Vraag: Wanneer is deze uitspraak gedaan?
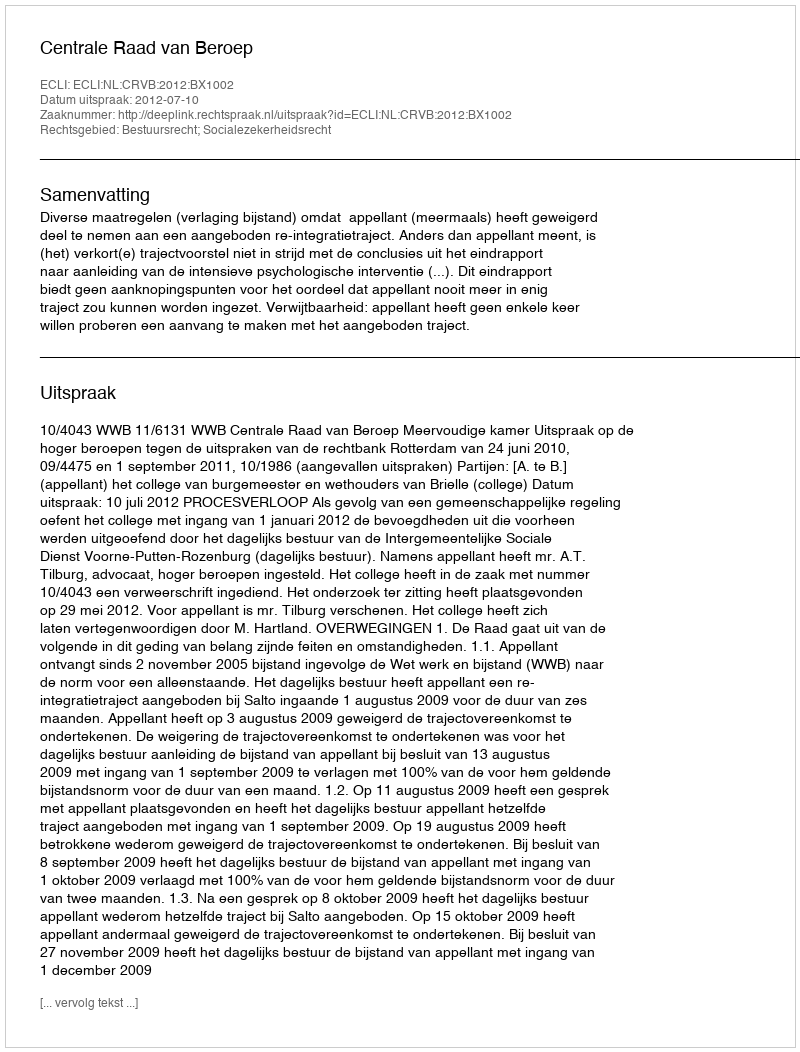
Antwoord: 2012-07-10